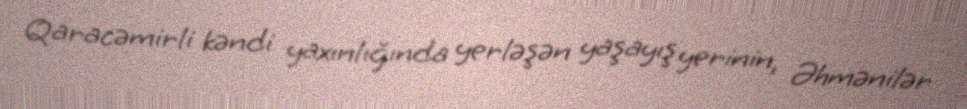
Qaracəmirli kəndi yaxınlığında yerləşən yaşayış yerinin, Əhmənilər